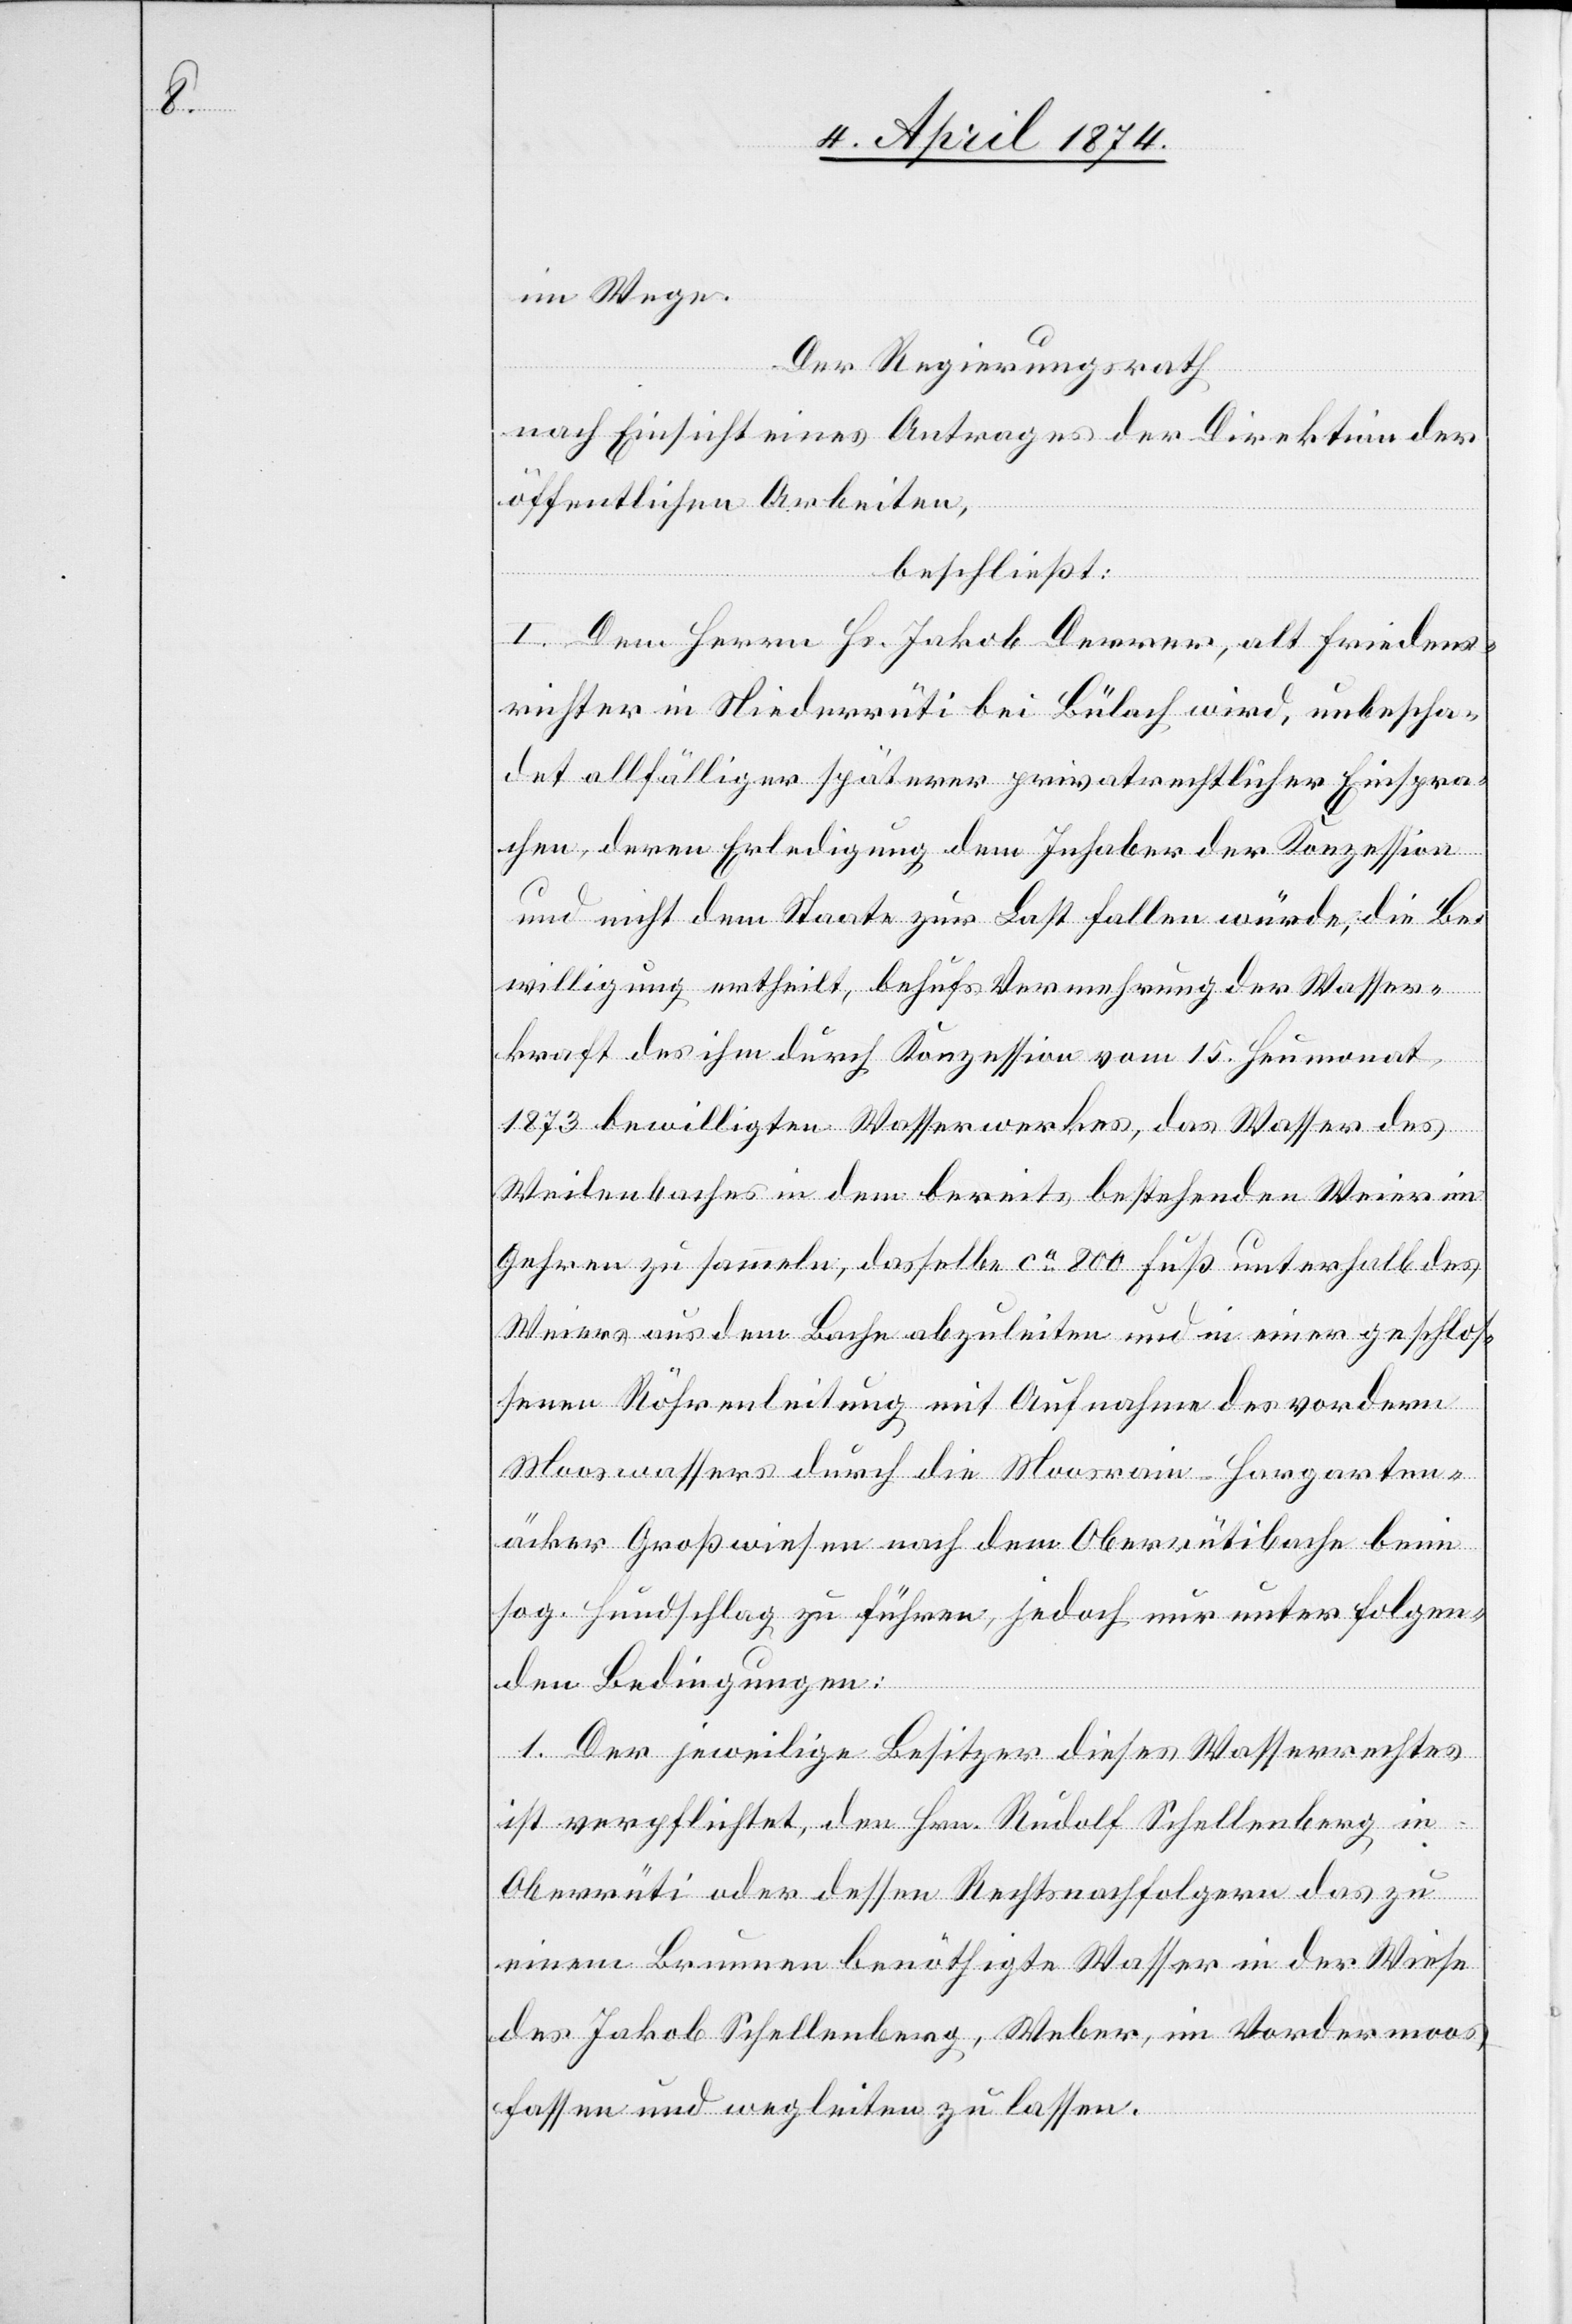
im Wege.
Der Regierungsrath,
nach Einsicht eines Antrages der Direktion der
öffentlichen Arbeiten,
beschließt:
I. Dem Herrn Hs. Jakob Derrer, alt Friedens¬
richter in Niederrüti bei Bülach wird, unbescha¬
det allfälliger späterer privatrechtlicher Einspra¬
chen, deren Erledigung dem Inhaber der Konzession
und nicht dem Staate zur Last fallen würde, die Be¬
willigung ertheilt, behufs Vermehrung der Wasser¬
kraft des ihm durch Konzession vom 15. Heumonat
1873 bewilligten Wasserwerkes, das Wasser des
Weilenbaches in dem bereits bestehenden Weier im
Gehren zu sammeln, dasselbe ca 800 Fuß unterhalb des
Weiers aus dem Bache abzuleiten und in einer geschlos¬
senen Röhrenleitung mit Aufnahme des vordern
Mooswassers durch die Moorrain-Hargarten¬
äcker Großwiesen nach dem Oberrütibache beim
sog. Hundschlag zu führen, jedoch nur unter folgen¬
den Bedingungen:
1. Der jeweilige Besitzer dieses Wasserrechtes
ist verpflichtet, dem Hrn. Rudolf Schellenberg in
Oberrüti oder dessen Rechtsnachfolgern das zu
einem Brunnen benöthigte Wasser in der Wiese
des Jakob Schellenberg, Weber, im Vordermoos
fassen und wegleiten zu lassen.